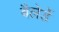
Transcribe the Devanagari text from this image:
बैलेर्डे